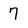
Character: 7